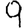
Digit: 9